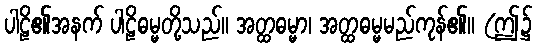
ပါဠိ၏အနက် ပါဠိဓမ္မတို့သည်။ အတ္ထဓမ္မာ၊ အတ္ထဓမ္မမည်ကုန်၏။ (ဤ၌